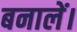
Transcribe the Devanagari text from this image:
बनालें।